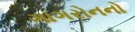
ગાગરોનનો